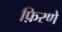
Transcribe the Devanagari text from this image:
फ़िरणे